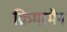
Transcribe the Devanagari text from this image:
क्रिमरमैन